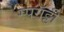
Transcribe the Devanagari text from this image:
स्पगॅट्टी